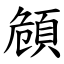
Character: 頠